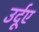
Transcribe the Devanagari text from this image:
उर्दूए